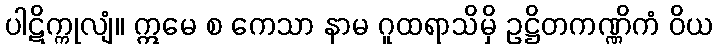
ပါဋိက္ကုလျံ။ ဣမေ စ ကေသာ နာမ ဂူထရာသိမှိ ဥဋ္ဌိတကဏ္ဏိကံ ဝိယ